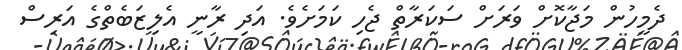
ދެމީހުން މަޖާކޮށް ވަރަށް ސަކަރާތް ޖެހި ކަމަށެވެ. އަދި ރާނީ އެލިޒަބެތްގެ އަރިސް